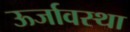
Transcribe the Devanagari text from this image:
ऊर्जावस्था